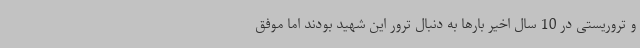
و تروریستی در 10 سال اخیر بارها به دنبال ترور این شهید بودند اما موفق